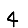
Digit: 4